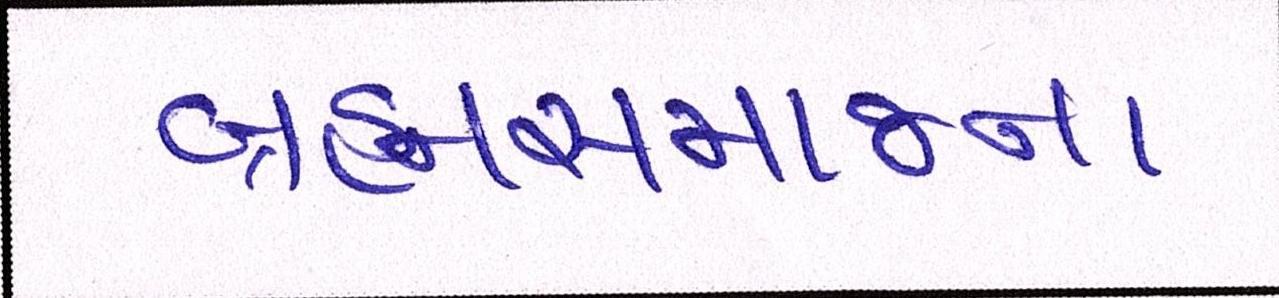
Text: બ્રહ્મસમાજના